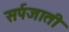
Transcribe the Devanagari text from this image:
सर्पजाती